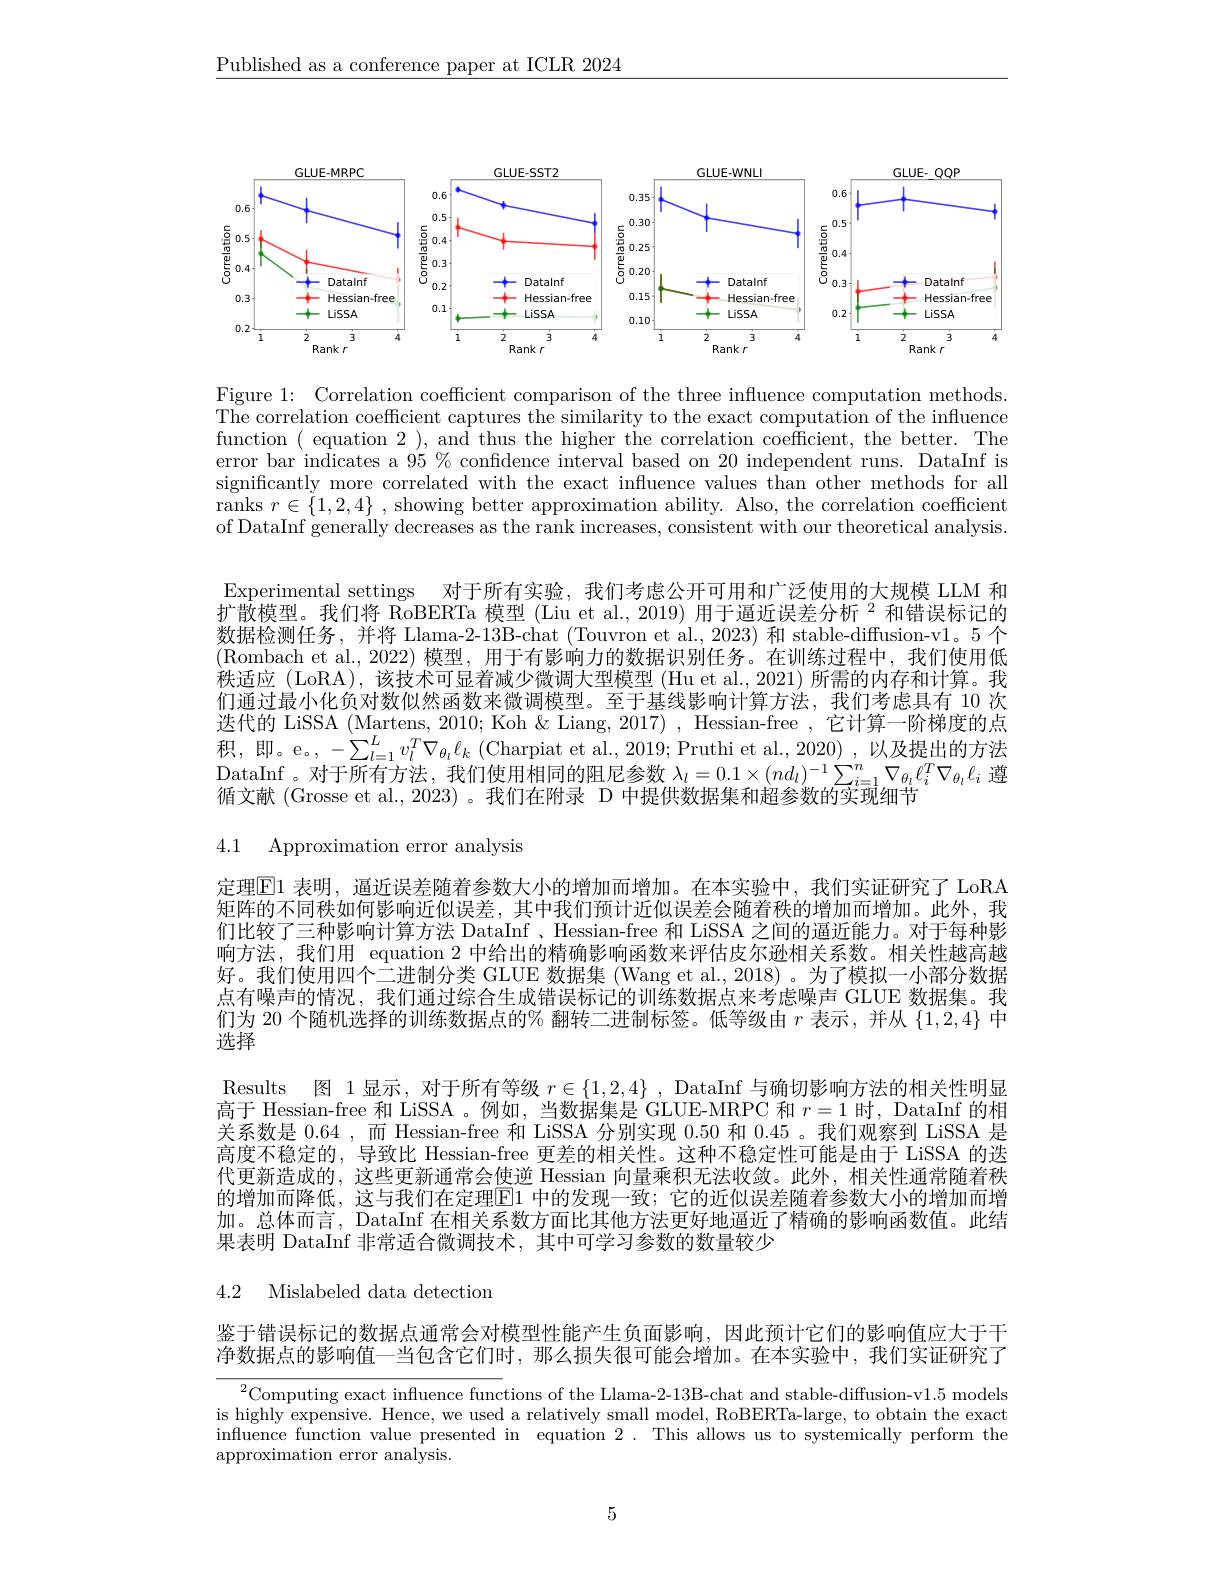
$\underline{\text{Published as a conference paper at ICLR 2024}}$

<FigureHere>

Figure 1: Correlation coefficient comparison of the three influence computation methods The correlation coefficient captures the similarity to the exact computation of the influence function ( equation 2 ), and thus the higher the correlation coefficient, the better. The error bar indicates a $95\%$ confidence interval based on 20 independent runs. DataInf is significantly more correlated with the exact influence values than other methods for all ranks $r\in\{1,2,4\}$, showing better approximation ability. Also, the correlation coefficient of DataInf generally decreases as the rank increases, consistent with our theoretical analysis

Experimental settings 对于所有实验，我们考虑公开可用和广泛使用的大规模 LLM 和$\bar{\text{扩散模型。我们将 RoBERTa 模型(Liu et al., 2019) 用于逼近误差分析 }}^{2}$和错误标记的数据检测任务，并将 Llama-2-13B-chat (Touvron et al., 2023) 和 stable-diffusion-v1。5 个(Rombach et al.,2022) 模型，用于有影响力的数据识别任务。在训练过程中，我们使用低秩适应 (LoRA),该技术可显着减少微调大型模型 (Hu et al., 2021) 所需的内存和计算。我们通过最小化负对数似然函数来微调模型。至于基线影响计算方法，我们考虑具有 10 次迭代的 LiSSA (Martens, 2010; Koh & Liang, 2017) , Hessian-free , 它计算一阶梯度的点积，即。e。, $- \sum _l= 1^{L}v_l^{T}\nabla _{\theta _i}\ell _k$ ( Charpiat et al. , 2019; Pruthi et al. , 2020) , 以 及 提 出 的 方 法 $\begin{array}{l}\mathrm{DataInf~。对于所有方法，~我们使用相同的阻尼参数~}\lambda_l=0.1\times(nd_l)^{-1}\sum_{i=1}^n\nabla_{\theta_l}\ell_i^T\nabla_{\theta_l}\ell_i\text{ 遵}\\\text{循文献 (Grosse et al., 2023) 。我们在附录 D 中提供数据集和超参数的实现细节}\end{array}$

4.1 Approximation error analysis

定理$\overline{\mathrm{E}}$1 表明，逼近误差随着参数大小的增加而增加。在本实验中，我们实证研究了 LoRA 矩阵的不同秩如何影响近似误差，其中我们预计近似误差会随着秩的增加而增加。此外，我们比较了三种影响计算方法 DataInf、Hessian-free 和 LiSSA 之间的逼近能力。对于每种影响方法，我们用 equation 2 中给出的精确影响函数来评估皮尔逊相关系数。相关性越高越好。我们使用四个二进制分类 GLUE 数据集 (Wang et al., 2018) 。为了模拟一小部分数据点有噪声的情况，我们通过综合生成错误标记的训练数据点来考虑噪声 GLUE 数据集。我们为 20 个随机选择的训练数据点的% 翻转二进制标签。低等级由$r$表示 ,并从$\{1,2,4\}$中选择
Results 图 1显示，对于所有等级$r\in\{1,2,4\}$, DataInf 与确切影响方法的相关性明显高于 Hessian-free 和 LiSSA 。例如，当数据集是 GLUE-MRPC 和$r=1$时，DataInf 的相关系数是 0.64 ,而 Hessian-free 和 LiSSA 分别实现0.50和0.45 。我们观察到 LiSSA 是高度不稳定的，导致比 Hessian-free 更差的相关性。这种不稳定性可能是由于 LiSSA 的迭代更新造成的，这些更新通常会使逆 Hessian 向量乘积无法收敛。此外，相关性通常随着秩的增加而降低，这与我们在定理El1 中的发现一致；它的近似误差随着参数大小的增加而增加。总体而言，DataInf 在相关系数方面比其他方法更好地逼近了精确的影响函数值。此结果表明 DataInf 非常适合微调技术，其中可学习参数的数量较少

# 4.2 Mislabeled data detection

鉴于错误标记的数据点通常会对模型性能产生负面影响，因此预计它们的影响值应大于干净数据点的影响值一当包含它们时，那么损失很可能会增加。在本实验中，我们实证研究了

$\frac{^2\text{Computing exact influence func}}{\text{Ins In H }^2\text{ Lin }}$the Llama-2-13B-chat and stable-diffusion-v1.5 models is highly expensive. Hence, we used a relatively small model, RoBERTa-large, to obtain the exact influence function value presented in equation 2. This allows us to systemically perform the approximation error analysis.

5